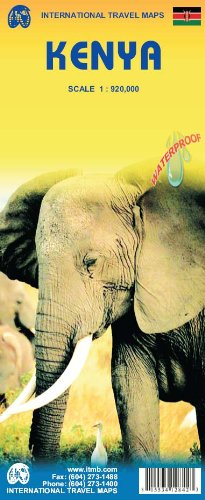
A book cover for Kenya 1:920,000 Travel Map- 2014 (International Travel Maps); ITM Canada; Travel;